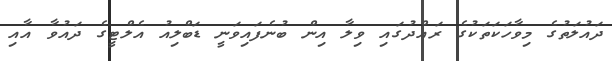
ދައުލަތުގެ މިވާހަކަތަކުގެ ރައްދުގައި ވިލާ އިން ބުނެފައިވަނީ ޑަބްލިއު އެލްޓީގެ ދައުވާ އާއި